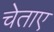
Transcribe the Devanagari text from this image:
चेताए